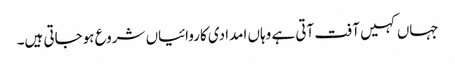
جہاں کہیں آفت آتی ہے وہاں امدادی کاروائیاں شروع ہوجاتی ہیں۔